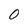
Character: 0